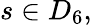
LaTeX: s\in D_{6},